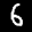
Label: 6